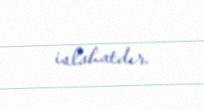
islahatdır.